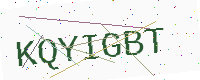
Text: KQYIGBT